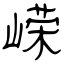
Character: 嵘